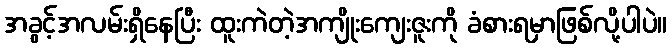
အခွင့်အလမ်းရှိနေပြီး ထူးကဲတဲ့အကျိုးကျေးဇူးကို ခံစားရမှာဖြစ်လို့ပါပဲ။